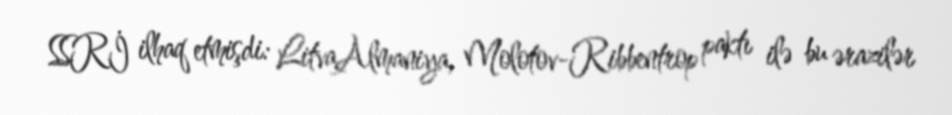
SSRİ ilhaq etmişdi: LitvaAlmaniya, Molotov-Ribbentrop paktı ilə bu ərazilər